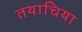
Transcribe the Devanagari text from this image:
तयाचिया